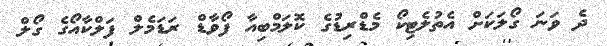
ދެ ވަނަ ގޯލަކަށް އެތުލެޓިކޯ މެޑްރިޑުގެ ކޮލަމްބިއާ ފޯވާޑް ރަޑަމެލް ފަލްކާއޯގެ ގޯލް